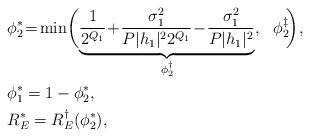
LaTeX: \begin{align*}&\phi_{2}^{\ast}\!=\!\min\!\bigg(\!\underbrace{\frac{1}{2^{Q_1}}\!+\!\frac{\sigma_1^2}{P|h_{1}|^{2}2^{Q_{1}}} \!-\! \frac{\sigma_1^2}{P|h_{1}|^{2}}}_{\phi_2^{\dag}},~~\phi_2^{\ddag}\!\bigg),\!\\&\phi_{1}^{\ast}=1-\phi_{2}^{*}, \\ &R_{E}^{\ast}=R_E^{\dag}(\phi_2^{\ast}),\end{align*}